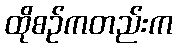
ထိုစဉ်ကတည်းက